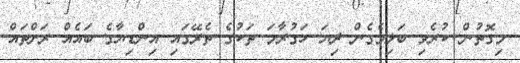
މިގޮތުން ކުރެވި ބަލިވެގެން ދިޔަ ހަގުރާމަ ތަކުގެ ތެރޭގައި އިންޑިޔާގެ ބައެއް ރަށްތައް